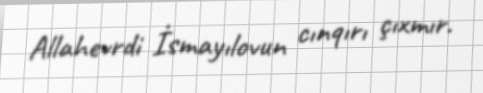
Allahevrdi İsmayılovun cınqırı çıxmır.